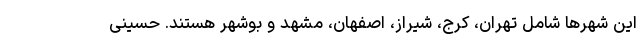
این شهرها شامل تهران، کرج، شیراز، اصفهان، مشهد و بوشهر هستند. حسینی